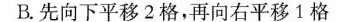
B.先向下平移2格，再向右平移1格